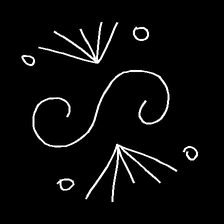
Glyph: aeroform